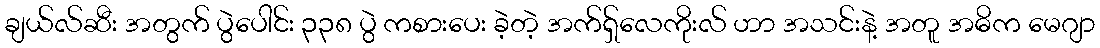
ချယ်လ်ဆီး အတွက် ပွဲပေါင်း ၃၃၈ ပွဲ ကစားပေး ခဲ့တဲ့ အက်ရှ်လေကိုးလ် ဟာ အသင်းနဲ့ အတူ အဓိက မေဂျာ